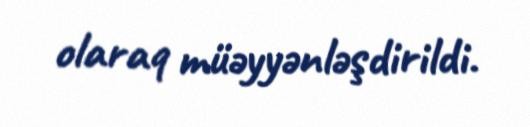
olaraq müəyyənləşdirildi.